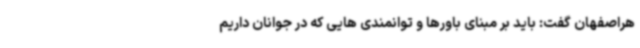
هراصفهان گفت: باید بر مبنای باورها و توانمندی هایی که در جوانان داریم